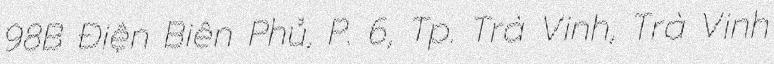
98B Điện Biên Phủ, P. 6, Tp. Trà Vinh, Trà Vinh